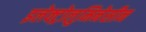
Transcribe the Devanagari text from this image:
इलेक्ट्रोलुमिनेसीन